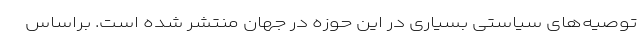
توصیه‌های سیاستی بسیاری در این حوزه در جهان منتشر شده است. براساس